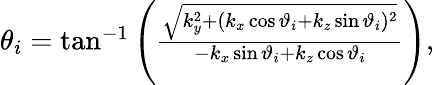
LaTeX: \begin{array}{r}{\theta_{i}=\tan^{-1}\left(\frac{\sqrt{k_{y}^{2}+(k_{x}\cos\vartheta_{i}+k_{z}\sin\vartheta_{i})^{2}}}{-k_{x}\sin\vartheta_{i}+k_{z}\cos\vartheta_{i}}\right),}\end{array}